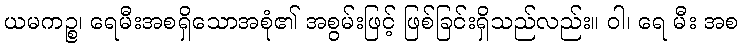
ယမကဉ္စ၊ ရေမီးအစရှိသောအစုံ၏ အစွမ်းဖြင့် ဖြစ်ခြင်းရှိသည်လည်း။ ဝါ၊ ရေ မီး အစ